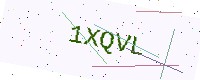
Text: 1XQVL